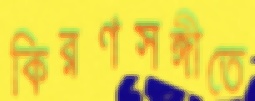
কিরণসঙ্গীতে